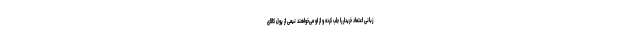
زبانی اعتماد خریدار را جلب کرده و از او می‌خواهند نیمی از پول کالای